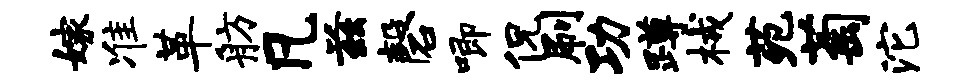
嫁准革舫凡兹磬唧侃刷功蹲械苑萄沱